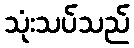
သုံးသပ်သည်